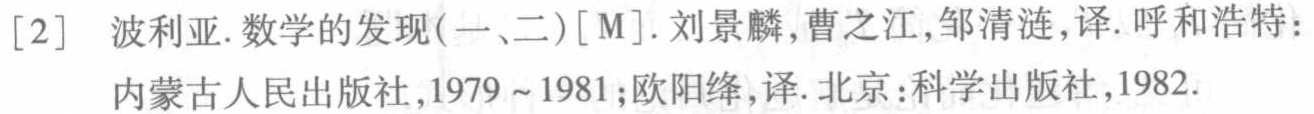
[2] 波利亚.数学的发现(一、二)[M].刘景麟,曹之江,邹清涟,译.呼和浩特：内蒙古人民出版社,1979~1981;欧阳绛,译.北京：科学出版社,1982.